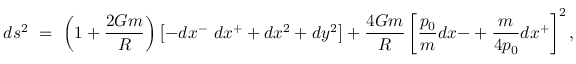
d s ^ { 2 } ~ = ~ \left( 1 + { \frac { 2 G m } { R } } \right) \left[ - d x ^ { - } ~ d x ^ { + } + d x ^ { 2 } + d y ^ { 2 } \right] + { \frac { 4 G m } { R } } \left[ { \frac { p _ { 0 } } { m } } d x { - } + { \frac { m } { 4 p _ { 0 } } } d x ^ { + } \right] ^ { 2 } ,